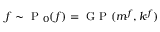
f \sim \mathrm { ~ P ~ } _ { 0 } ( { f } ) = \mathrm { ~ G ~ P ~ } ( m ^ { f } , k ^ { f } )